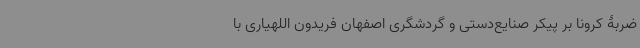
ضربۀ کرونا بر پیکر صنایع‌دستی و گردشگری اصفهان فریدون اللهیاری با